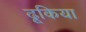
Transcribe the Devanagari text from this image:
ढूकिया